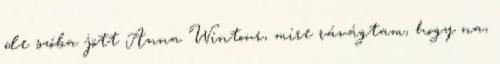
de szóba jött Anna Wintour, mire rávágtam, hogy na,